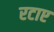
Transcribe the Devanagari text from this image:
रटाए